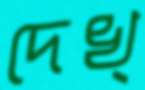
দেখ্‌